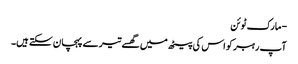
- مارک ٹوئن
آپ رہبر کو اس کی پیٹھ میں گھسے تیر سے پہچان سکتے ہیں۔